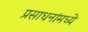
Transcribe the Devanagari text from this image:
प्रसाधनांमध्ये